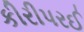
કીરીપરઈ